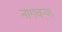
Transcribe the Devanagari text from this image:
नागवन्श